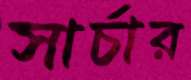
সার্চার